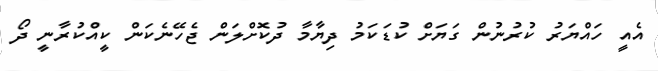
އެއީ ހައްޔަރު ކުރުނުން ގަޔަށް ކުޑަކަމު ދިޔާމާ ދުކޮށްލަން ޖެހޭނެކަން ކީއްކުރާނީ ދޯ